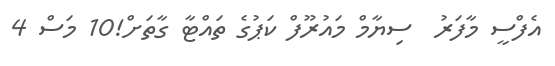
އެފްސީ މާފަރު  ސިޔާމް މައުރޫފް ކަޕުގެ ތައްޓާ ގާތަށް!10 މަސް 4